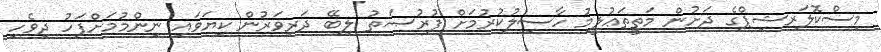
މިސްކޮލަރޝިޕްގެ ދަށުން މަތީތަޢުލީމު ހާސިލުކުރުމަށް ފުރުޞަތު ލިބޭ ދަރިވަރުން ކިޔަވައި ނިންމުމަށްފަހު ދިވެހި